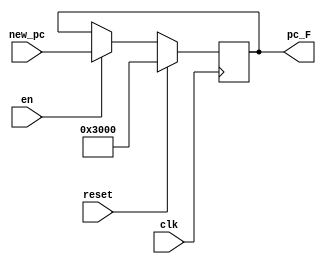
module F_pc(
           input [31:0] new_pc,
           input clk,
           input reset,
           input en,
           output [31:0] pc_F
       );

reg [31:0] PC;

initial begin
    PC=32'h0000_3000;
end

always @(posedge clk) begin
    if(reset) begin
        PC<=32'h0000_3000;
    end
    else if(en) begin
        PC<=new_pc;
    end
end

assign pc_F=PC;

endmodule